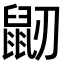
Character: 𪔺